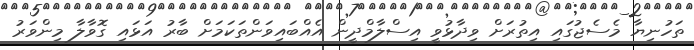
ތަހުނިޔާ މެސެޖުގައި އިތުރަށް ވިދާޅުވީ އިސްލާމްދީން އެއްބައިވަންތަކަމަށް ބާރު އަޅައި ގޮވާލާ މިންވަރު